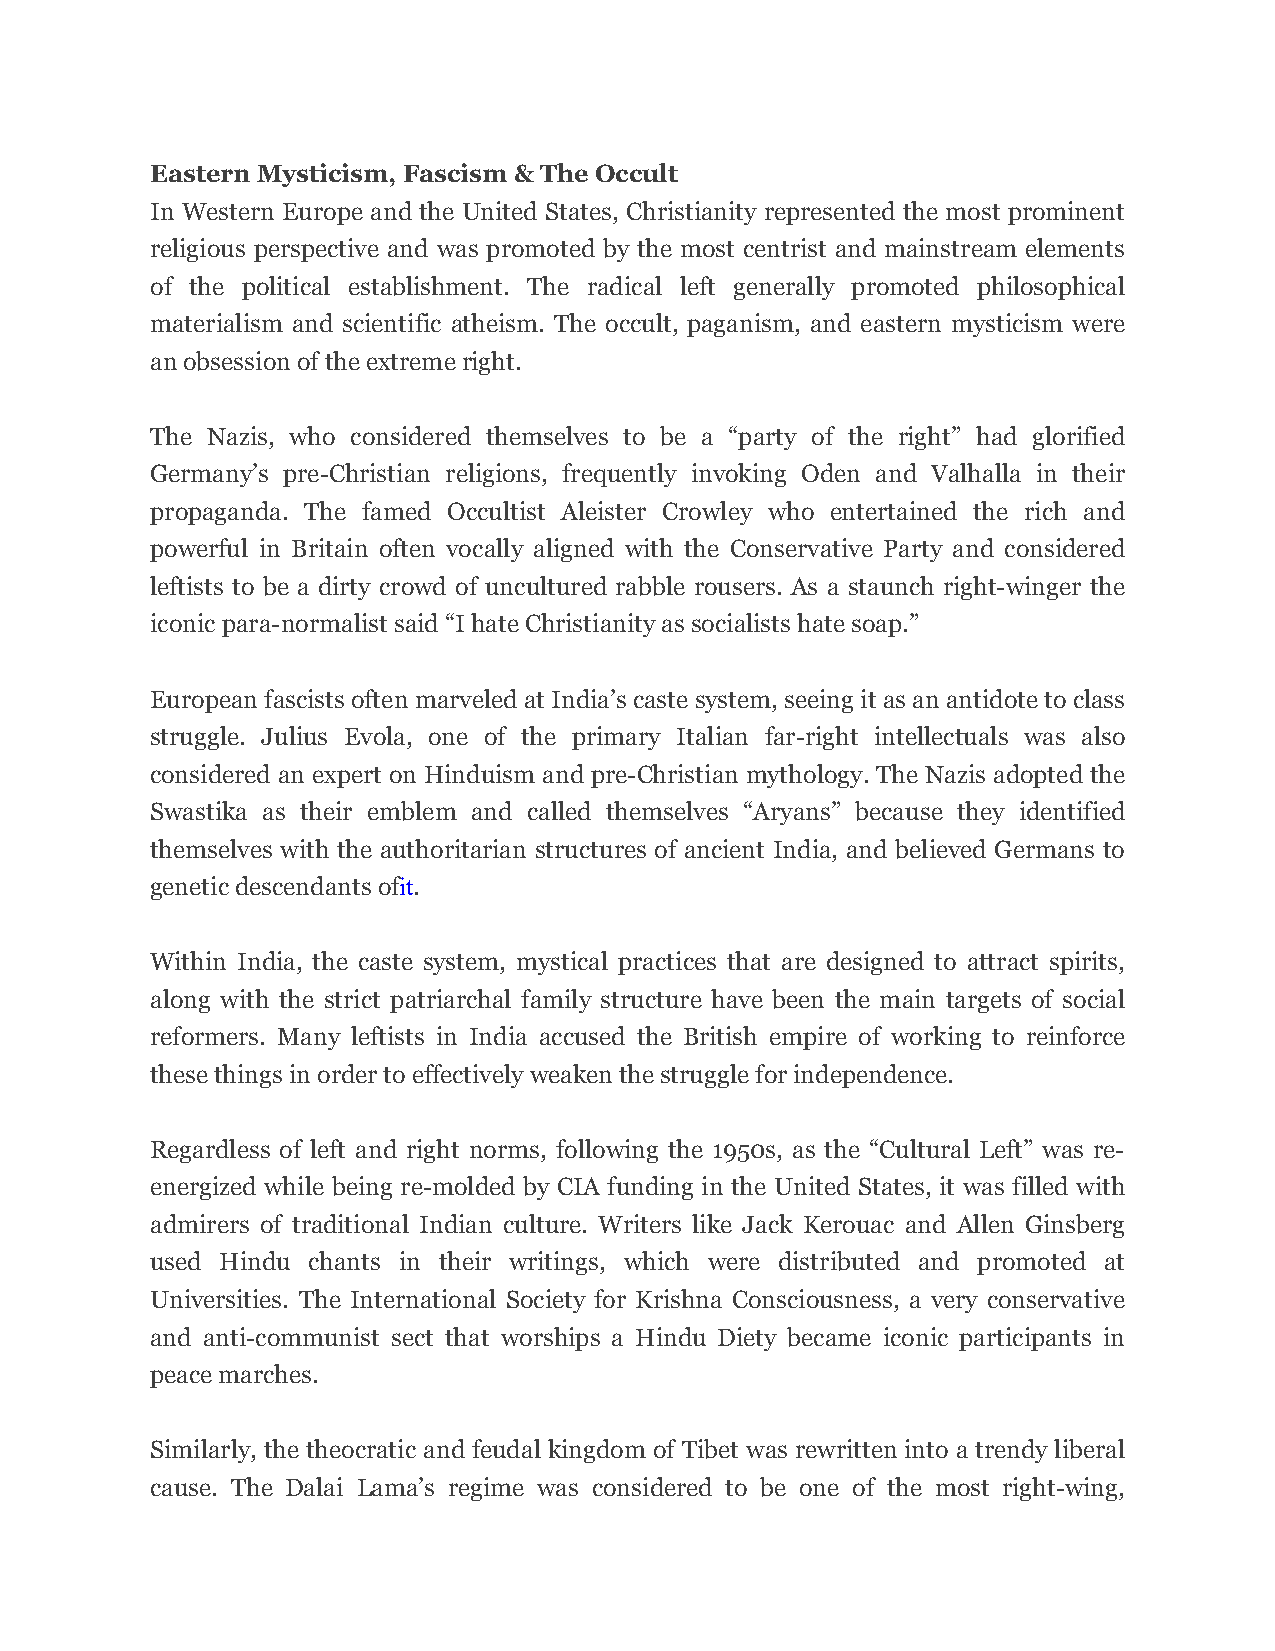
Eastern Mysticism, Fascism & The Occult
 In Western Europe and the United States, Christianity represented the most prominent
 religious perspective and was promoted by the most centrist and mainstream elements
 of the political establishment. The radical left generally promoted philosophical
 materialism and scientific atheism. The occult, paganism, and eastern mysticism were
 an obsession of the extreme right.
 The Nazis, who considered themselves to be a “party of the right” had glorified
 Germany’s pre-Christian religions, frequently invoking Oden and Valhalla in their
 propaganda. The famed Occultist Aleister Crowley who entertained the rich and
 powerful in Britain often vocally aligned with the Conservative Party and considered
 leftists to be a dirty crowd of uncultured rabble rousers. As a staunch right-winger the
 iconic para-normalist said “I hate Christianity as socialists hate soap.”
 European fascists often marveled at India’s caste system, seeing it as an antidote to class
 struggle. Julius Evola, one of the primary Italian far-right intellectuals was also
 considered an expert on Hinduism and pre-Christian mythology. The Nazis adopted the
 Swastika as their emblem and called themselves “Aryans” because they identified
 themselves with the authoritarian structures of ancient India, and believed Germans to
 genetic descendants ofit.
 Within India, the caste system, mystical practices that are designed to attract spirits,
 along with the strict patriarchal family structure have been the main targets of social
 reformers. Many leftists in India accused the British empire of working to reinforce
 these things in order to effectively weaken the struggle for independence.
 Regardless of left and right norms, following the 1950s, as the “Cultural Left” was re-
 energized while being re-molded by CIA funding in the United States, it was filled with
 admirers of traditional Indian culture. Writers like Jack Kerouac and Allen Ginsberg
 used Hindu chants in their writings, which were distributed and promoted at
 Universities. The International Society for Krishna Consciousness, a very conservative
 and anti-communist sect that worships a Hindu Diety became iconic participants in
 peace marches.
 Similarly, the theocratic and feudal kingdom of Tibet was rewritten into a trendy liberal
 cause. The Dalai Lama’s regime was considered to be one of the most right-wing,